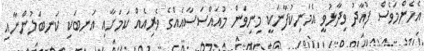
އެހެންމަވެސް ފުއާދު ވިދާޅުވީ އެމަނިކުފާނަކީ މިނިވަން މުއައްސަސާއެއްގެ ވެރިއެއް ކަމަށާއި އަނބަކި ކަނބަލުންނާއި